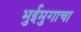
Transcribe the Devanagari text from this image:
भुईमुगाचा